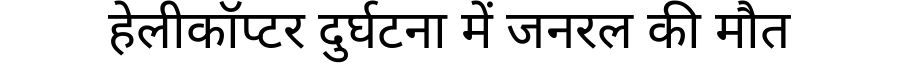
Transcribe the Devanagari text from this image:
हेलीकॉप्टर दुर्घटना में जनरल की मौत